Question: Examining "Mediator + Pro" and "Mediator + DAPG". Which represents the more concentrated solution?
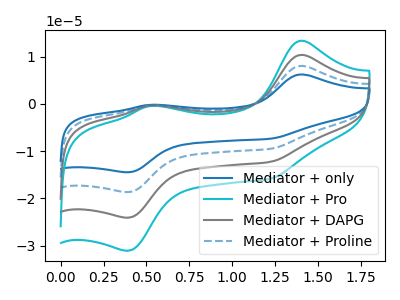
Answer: <think>The blue curve "Mediator + only" has anodic peaks at (1.40V, 31.05uA) (0.50V, -1.10uA) and cathodic peaks at (1.20V, -36.95uA) (0.40V, -72.35uA). The cyan curve "Mediator + Pro" has anodic peaks at (1.40V, 13.35uA) (0.50V, -0.45uA) and cathodic peaks at (1.20V, -15.90uA) (0.40V, -31.10uA). The gray curve "Mediator + DAPG" has anodic peaks at (1.40V, 10.35uA) (0.50V, -0.35uA) and cathodic peaks at (1.20V, -12.30uA) (0.40V, -24.10uA). The blue dashed curve "Mediator + Proline" has anodic peaks at (1.40V, 20.70uA) (0.50V, -0.70uA) and cathodic peaks at (1.20V, -24.65uA) (0.40V, -48.25uA).
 All the peaks in "Mediator + Pro" have a peak in "Mediator + DAPG" at the same potential.</think>
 <answer>I cant tell if "Mediator + Pro" or "Mediator + DAPG" has higher concentration.</answer>
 <eval>mixed_concentration</eval>